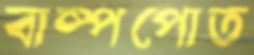
বাষ্পপোত